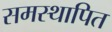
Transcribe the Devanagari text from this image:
समस्थापित